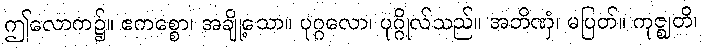
ဤလောက၌။ ဧကစ္စော၊ အချို့သော။ ပုဂ္ဂလော၊ ပုဂ္ဂိုလ်သည်။ အဘိဏှံ၊ မပြတ်။ ကုဇ္ဈတိ၊